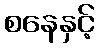
စနေနှင့်